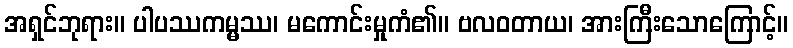
အရှင်ဘုရား။ ပါပဿကမ္မဿ၊ မကောင်းမှုကံ၏။ ဗလဝတာယ၊ အားကြီးသောကြောင့်။